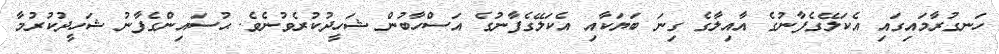
ހަނގުރާމައިގައި އެކަލޭގެފާނުގެ އާއިލާގެ ގިނަ ބަޔަކާއި އެކަލޭގެފާނުގެ އަސްހާބުން ޝަހީދުކުރެވުނެވެ. ޙުސައިންގެފާނު ޝަހީދުކުރުމާ